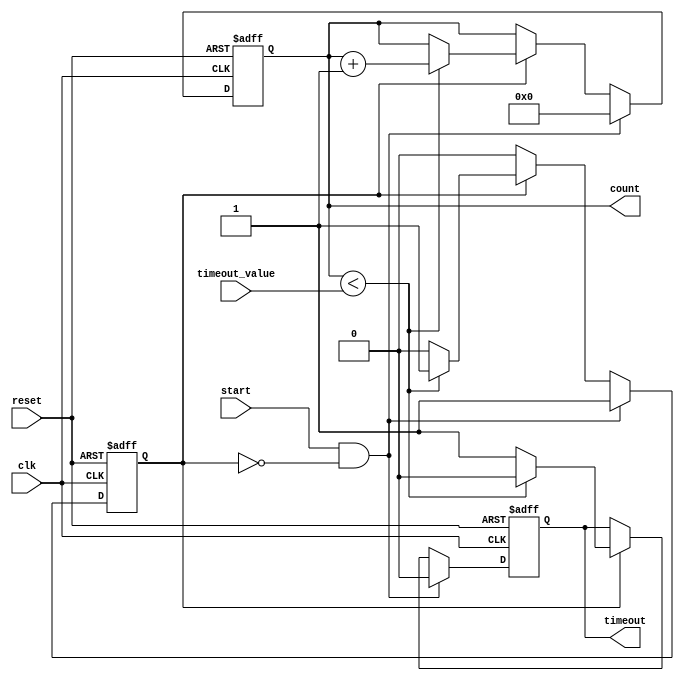
module timeout_counter #(
    parameter COUNTER_WIDTH = 8  // Parameter for configurable counter width
)(
    input wire clk,                  // Clock input
    input wire reset,                // Asynchronous reset
    input wire start,                // Start counting
    input wire [COUNTER_WIDTH-1:0] timeout_value, // Timeout value
    output reg timeout,              // Timeout output signal
    output reg [COUNTER_WIDTH-1:0] count // Current count value
);

    // Internal state to track counting
    reg counting;

    always @(posedge clk or posedge reset) begin
        if (reset) begin
            // Reset all registers on reset signal
            count <= 0;
            timeout <= 0;
            counting <= 0;
        end else if (start && !counting) begin
            // Start counting when start signal is high and counter is not running
            counting <= 1;
            count <= 0;
            timeout <= 0; // Clear timeout on start
        end else if (counting) begin
            if (count < timeout_value) begin
                // Increment count if not reached timeout value
                count <= count + 1;
                timeout <= 0; // Keep timeout low while counting
            end else begin
                // Timeout condition met
                timeout <= 1; // Set timeout signal high
                counting <= 0; // Stop counting
            end
        end
    end

endmodule